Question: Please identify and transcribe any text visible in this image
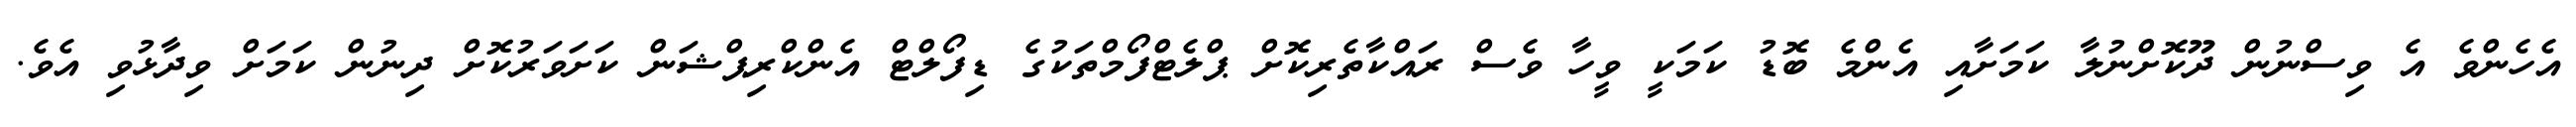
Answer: އެހެންވެ އެ ވިސްނުން ދޫކޮށްނުލާ ކަމަށާއި އެންމެ ބޮޑު ކަމަކީ ވީހާ ވެސް ރައްކާތެރިކޮށް ޕްލެޓްފޯމްތަކުގެ ޑިފޯލްޓް އެންކްރިޕްޝަން ކަށަވަރުކޮށް ދިނުން ކަމަށް ވިދާޅުވި އެވެ.